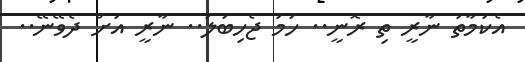
އެކަމާތަ ނާރީ ތި ރޮނީ.. ހަމަ ޖެހިބަލަ.. ނާރީ އަށް ދެވޭނޭ..